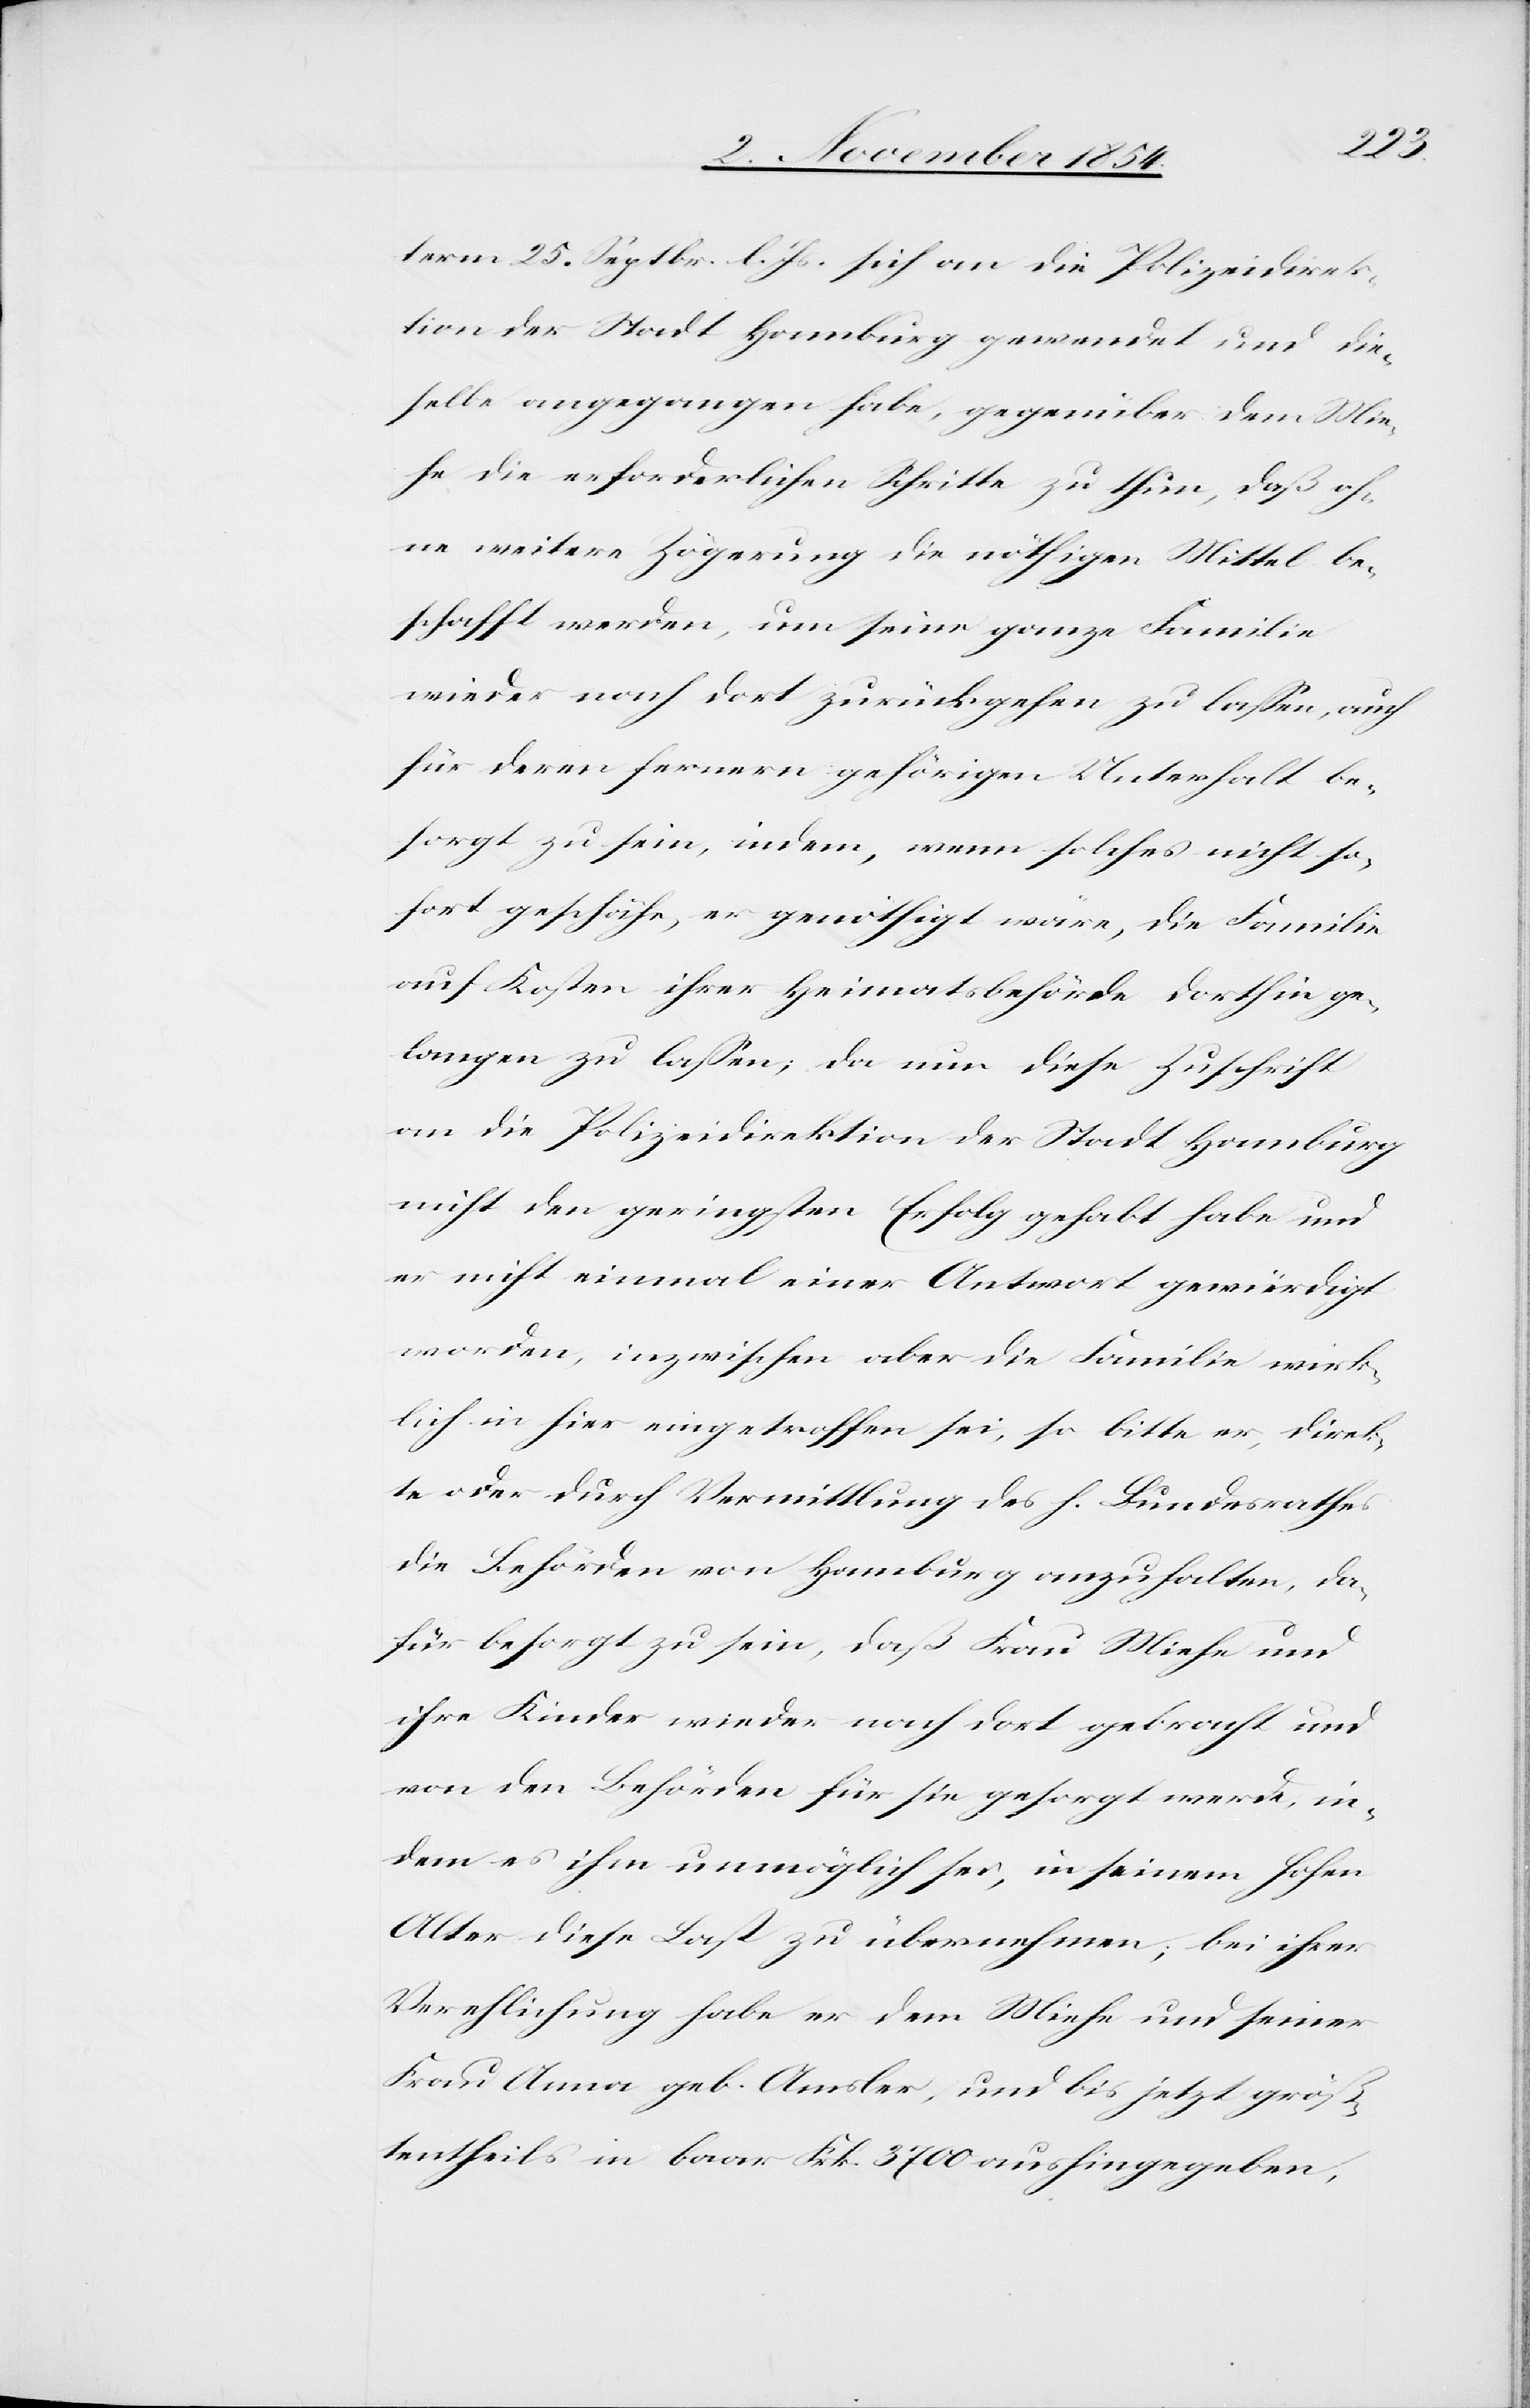
term 25. Septbr. l. Js. sich an die Polizeidirek¬
tion der Stadt Hamburg gewendet und die¬
selbe angegangen habe, gegenüber dem Mie¬
he die erforderlichen Schritte zu thun, daß oh¬
ne weitere Zögerung die nöthigen Mittel be¬
schafft werden, um seine ganze Familie
wieder nach dort zurückgehen zu laßen, auch
für deren fernern gehörigen Unterhalt be¬
sorgt zu sein, indem, wenn solches nicht so¬
fort geschähe, er genöthigt wäre, die Familie
auf Kosten ihrer Heimatsbehörde dorthin ge¬
langen zu laßen; da nun diese Zuschrift
an die Polizeidirektion der Stadt Hamburg
nicht den geringsten Erfolg gehabt habe und
er nicht einmal einer Antwort gewürdigt
worden, inzwischen aber die Familie wirk¬
lich in hier eingetroffen sei, so bitte er, direk¬
te oder durch Vermittlung des h. Bundesrathes
die Behörden von Hamburg anzuhalten, da¬
für besorgt zu sein, daß Frau Miehe und
ihre Kinder wieder nach dort gebracht und
von den Behörden für sie gesorgt werde, in¬
dem es ihm unmöglich sei, in seinem hohen
Alter diese Last zu übernehmen; bei ihrer
Verehelichung habe er dem Miehe und seiner
Frau Anna geb. Amsler, und bis jetzt größ¬
tentheils in baar Frk. 3700 aushingegeben,